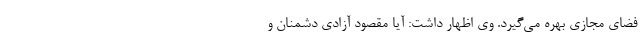
فضای مجازی بهره می‌گیرد. وی اظهار داشت: آیا مقصود آزادی دشمنان و